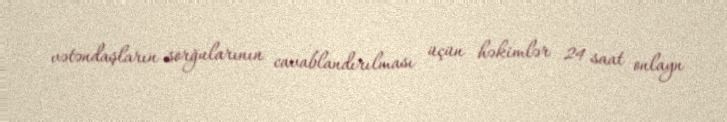
vətəndaşların sorğularının cavablandırılması üçün həkimlər 24 saat onlayn